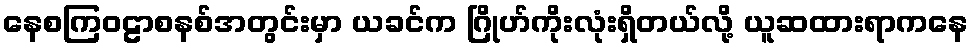
နေစကြဝဠာစနစ်အတွင်းမှာ ယခင်က ဂြိုဟ်ကိုးလုံးရှိတယ်လို့ ယူဆထားရာကနေ